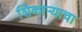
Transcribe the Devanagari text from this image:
शिकाऱ्याचा